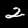
Label: 2